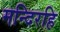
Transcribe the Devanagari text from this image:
मन्दिरहि